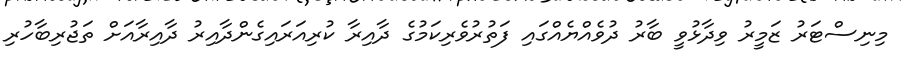
މިނިސްޓަރު ޒަމީރު ވިދާޅުވީ ބާރު ދުވެއްޔެއްގައި ފަތުރުވެރިކަމުގެ ދާއިރާ ކުރިއަރައިގެންދާއިރު ދާއިރާއަށް ތަޖުރިބާހުރި